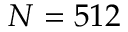
N = 5 1 2